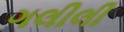
ગલીલી